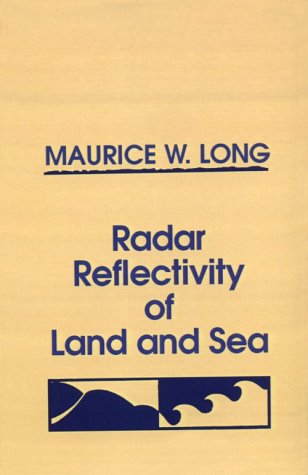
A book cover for Radar Reflectivity of Land and Sea; Maurice W. Long; Crafts, Hobbies & Home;